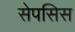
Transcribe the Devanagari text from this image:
सेपसिस